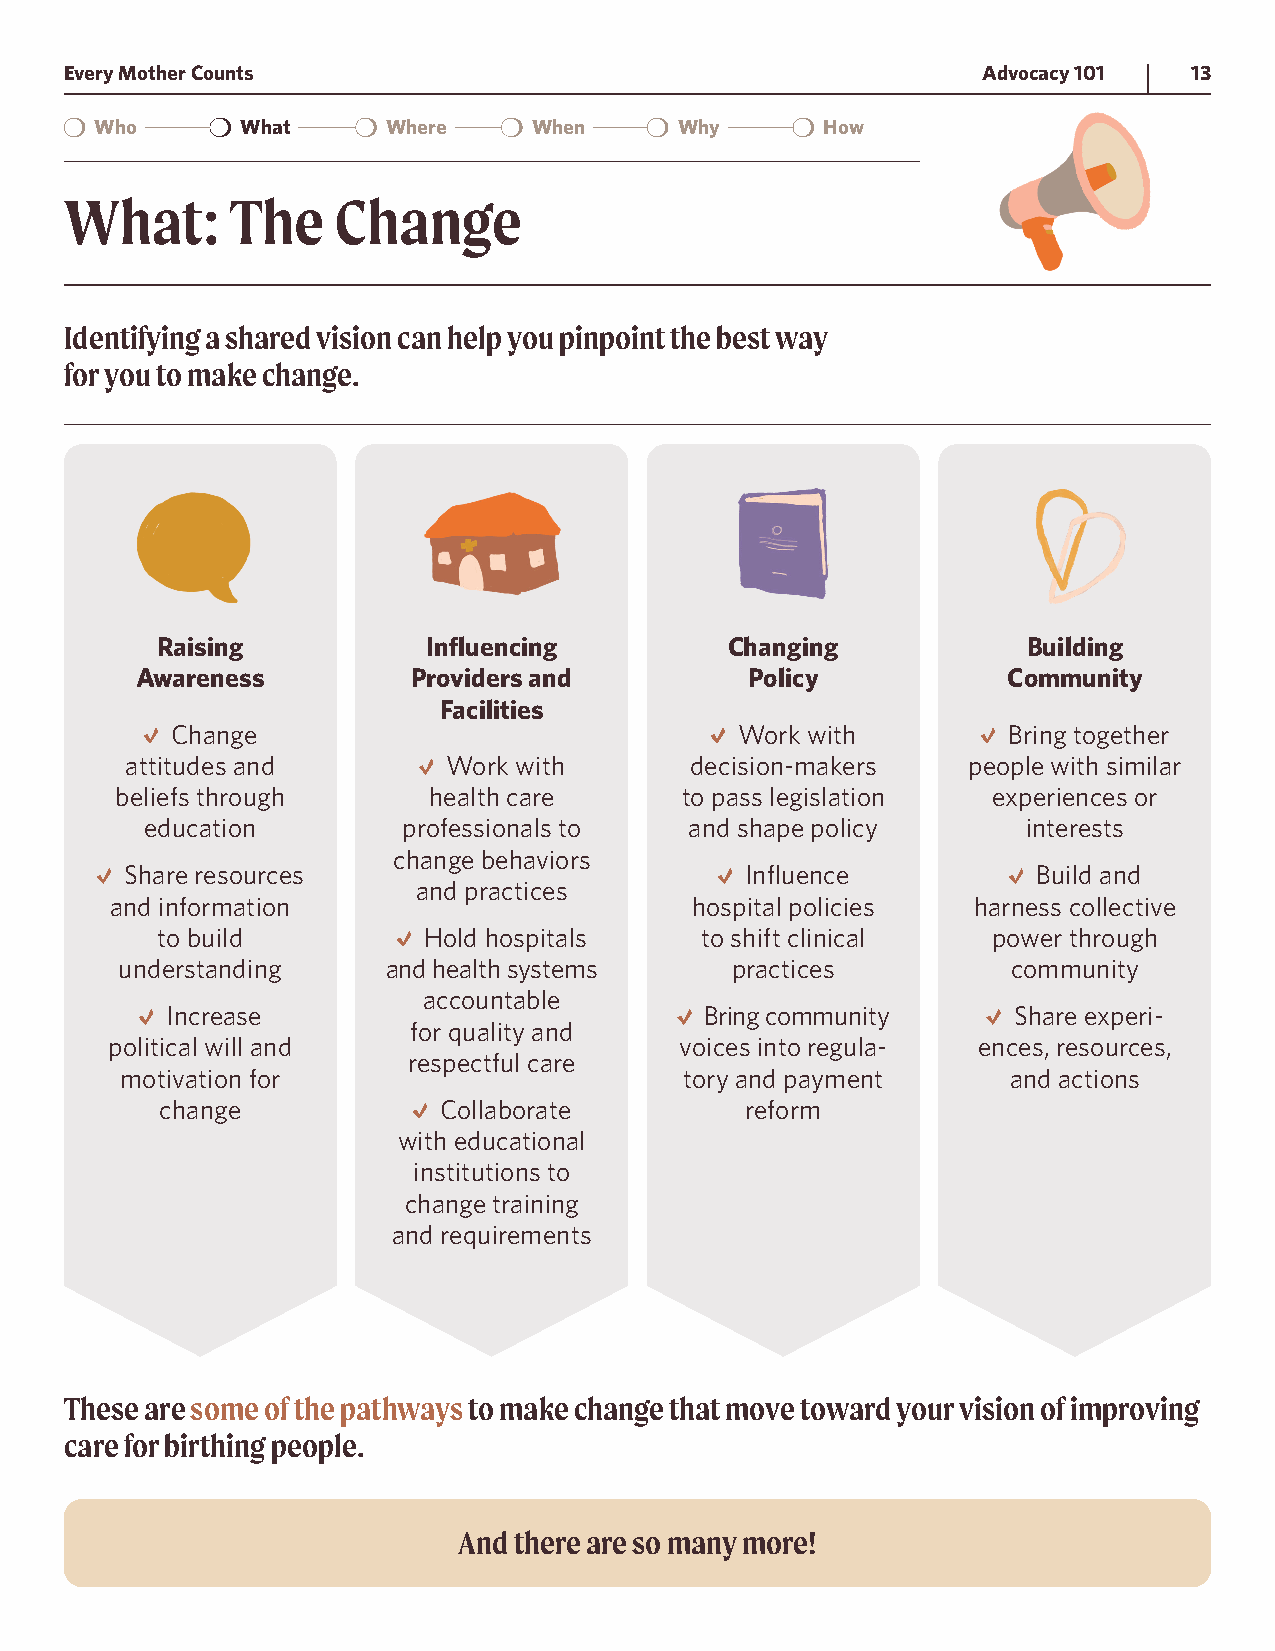
Every Mother Counts                                          Advocacy 101  13
 Who       What      Where    When      Why       How
 What:      The    Change
 Identifying a shared vision can help you pinpoint the best way
 for you to make change.
 Raising           Influencing         Changing            Building
 Awareness         Providers and          Policy           Community
 Facilities
 Change                                Work with         Bring together
 attitudes and         Work with       decision-makers   people with similar
 beliefs through     health care      to pass legislation  experiences or
 education        professionals to   and shape policy      interests
 change behaviors
 Share resources                          Influence           Build and
 and practices
 and information                        hospital policies harness collective
 to build          Hold hospitals    to shift clinical   power through
 understanding     and health systems    practices          community
 accountable
 Increase                            Bring community     Share experi-
 for quality and
 political will and                    voices into regula- ences, resources,
 respectful care
 motivation for                       tory and payment      and actions
 change            Collaborate         reform
 with educational
 institutions to
 change training
 and requirements
 These are some of the pathways to make change that move toward your vision of improving
 care for birthing people.
 And there are so many more!